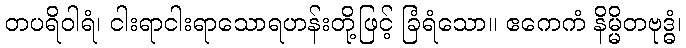
တပရိဝါရံ၊ ငါးရာငါးရာသောရဟန်းတို့ဖြင့် ခြံရံသော။ ဧကေကံ နိမ္မိတဗုဒ္ဓံ၊